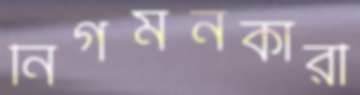
নির্গমনকারী